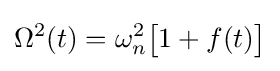
\Omega ^{2}(t)=\omega _{n}^{2}{\big [}1+f(t){\big ]}